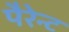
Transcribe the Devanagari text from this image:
पैरेन्ट